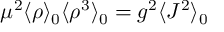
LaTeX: \mu ^ { 2 } \langle \rho \rangle _ { 0 } \langle \rho ^ { 3 } \rangle _ { 0 } = g ^ { 2 } \langle J ^ { 2 } \rangle _ { 0 }